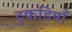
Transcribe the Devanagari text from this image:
टुकडियाँ